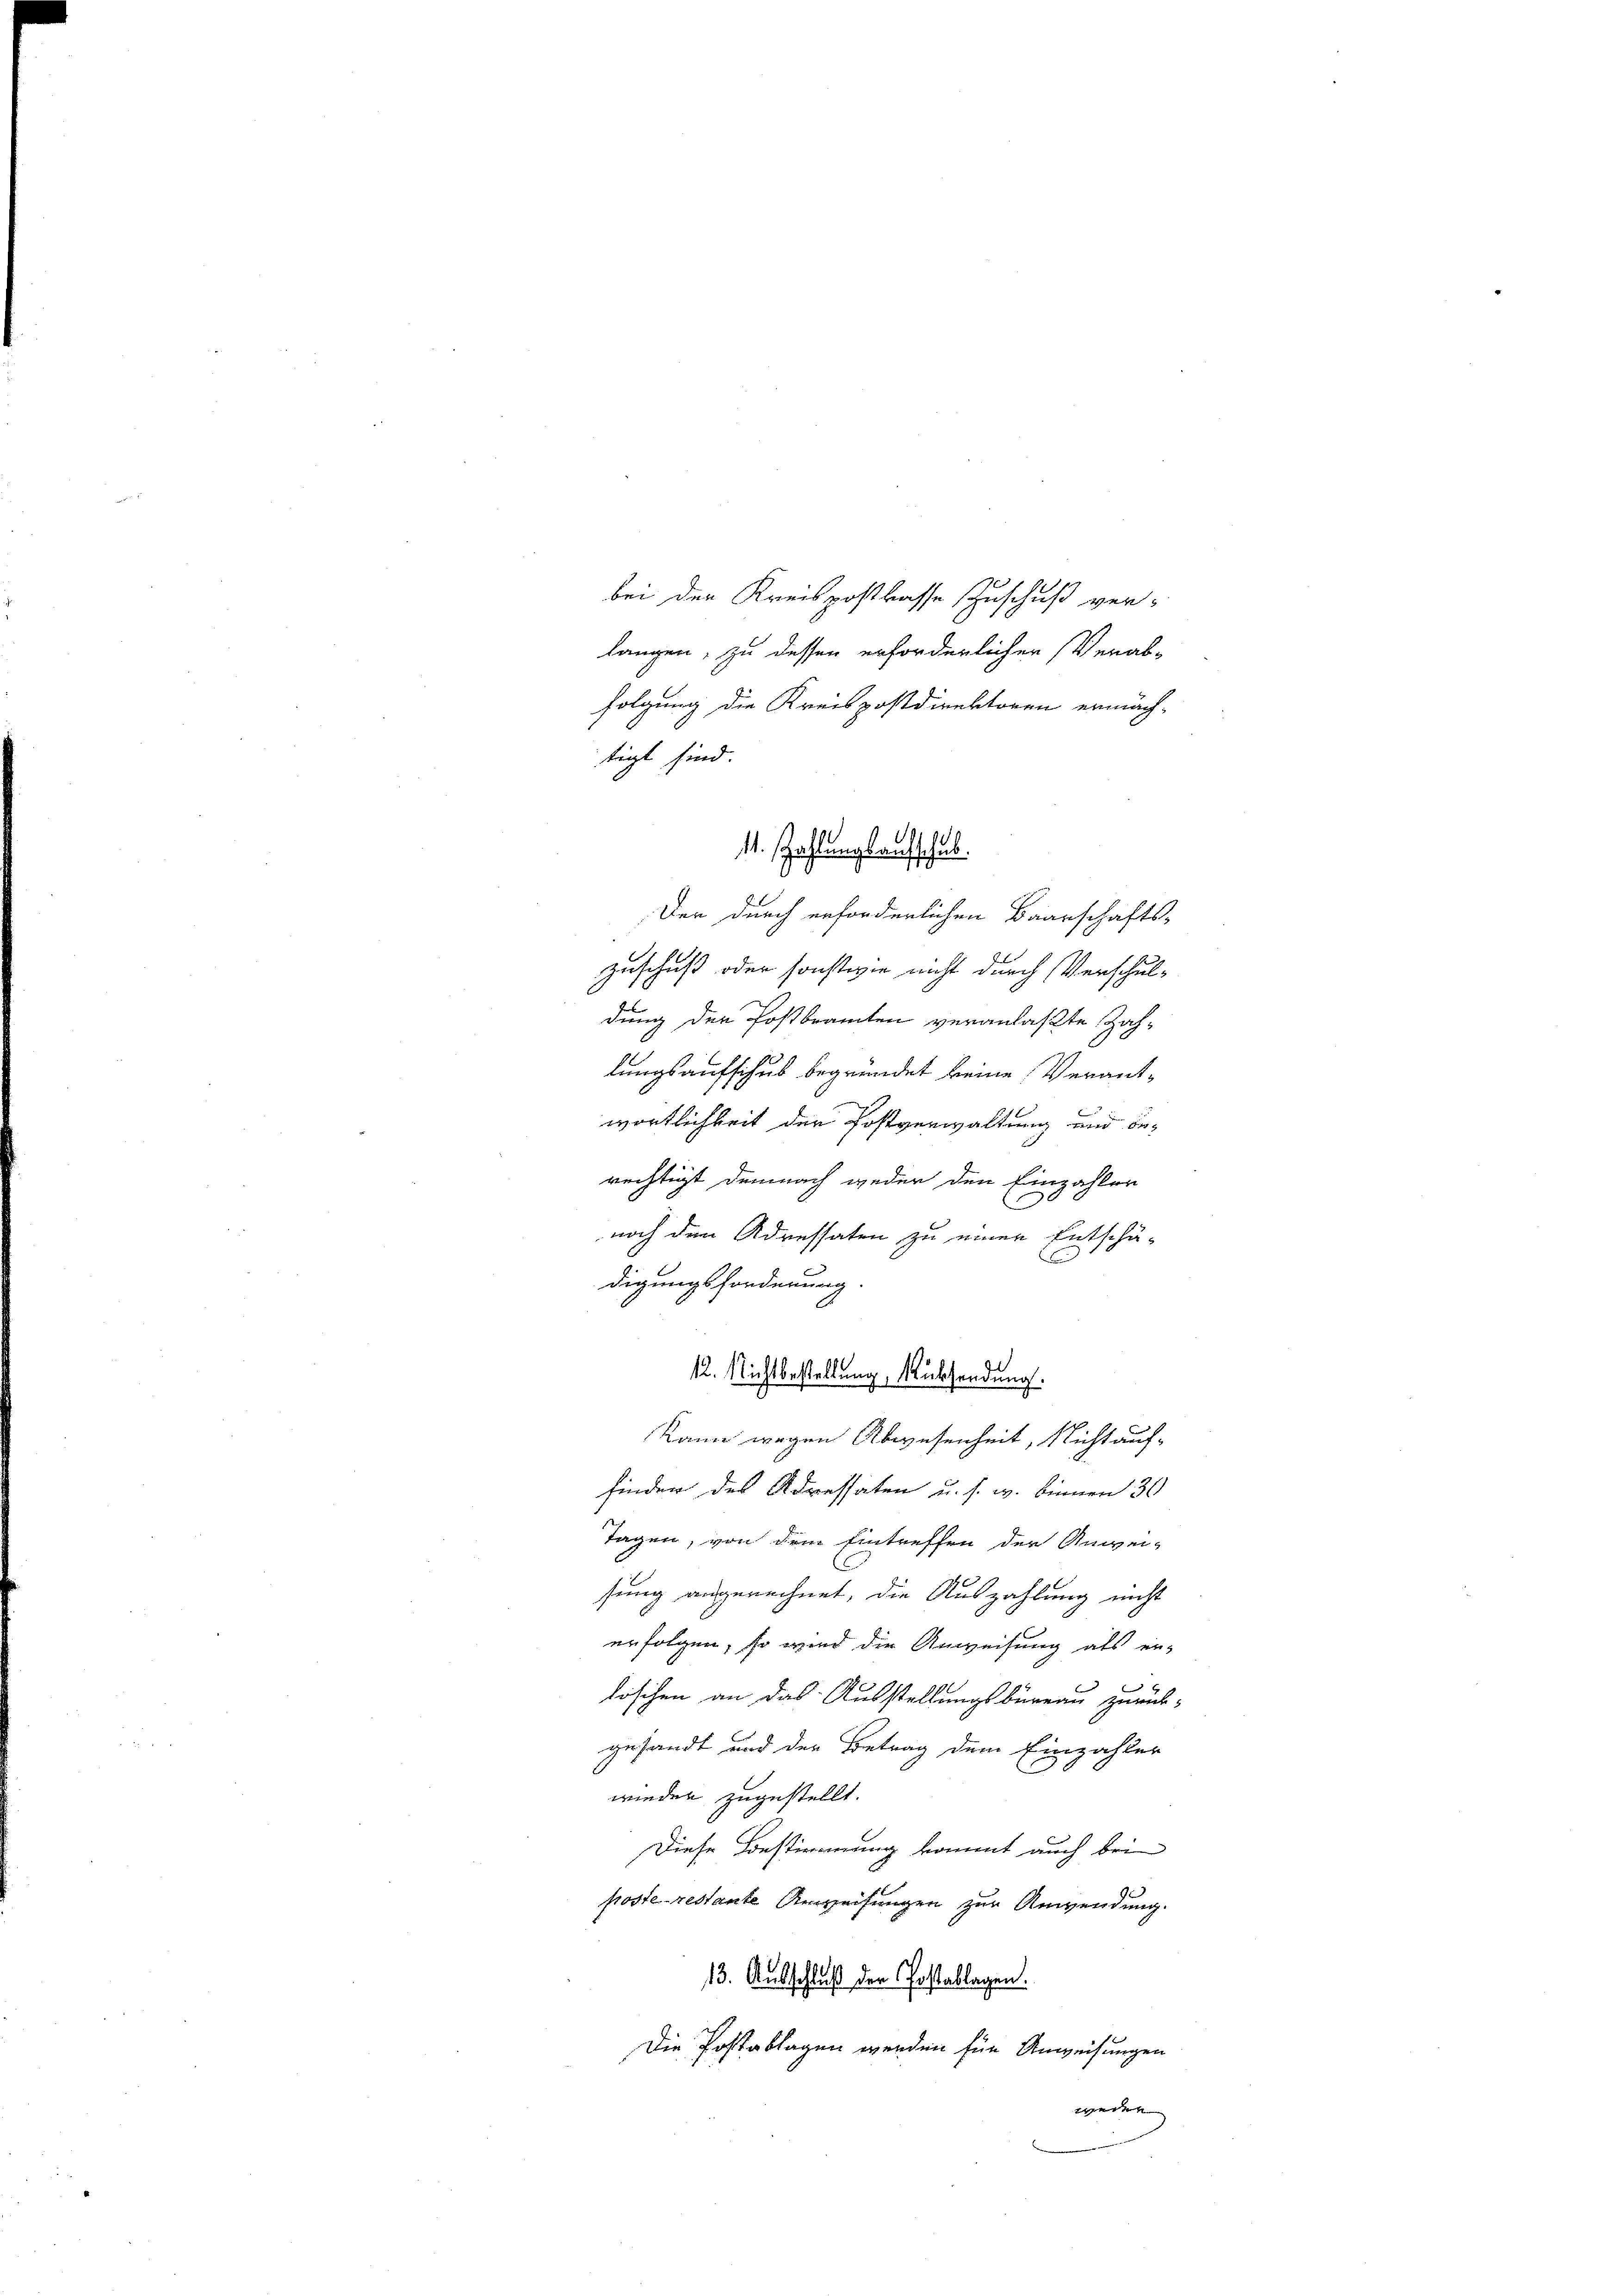
langen, zu dessen erforderlichen Verabfolgung die Kreispostdirektoren ermach-
tigt sind
11. Zahlungsaufschub.
Der durch erforderlichen Baarschafts-
zuschuß oder sonstwie nicht durch Verschul¬
.

bei der Kreispostkasse Zuschuß verdung der Postbramten veranlaßte Zahlungsaufschus begründet keine Verant-
wortlichkeit der Postverwaltung und berechtigt demnach weder den Einzahlen
noch den Adressaten zu einer Entschä-
E
digungsforderung.
12. Nichtbestellung Rücksendung.
kann wegen Abwesenheit, Nicht auffinden des Adressaten u. s. w. binnen 30
Tagen, von dem Eintreffen der Anwei-
sung angerechnet, die Auszahlung nicht
erfolgen, so wird die Anweisung als er-
d
löschen an das Ausstellungsbüreau zurück-
gesandt und der Betrag dem Einzahler
wieder zugestellt.
Diese Bestimmung kommt auch bei
posterestante Anweisungen zur Anwendung.
13. Ausschluß der Postablagen.
Die Postablagen werden für Anweisungen
een